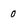
Character: 0